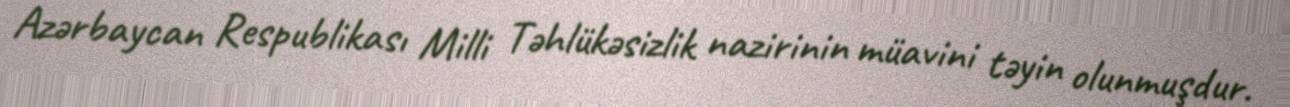
Azərbaycan Respublikası Milli Təhlükəsizlik nazirinin müavini təyin olunmuşdur.